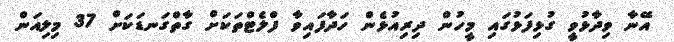
އޭނާ ވިދާޅުވީ ގުޅިފަޅުގައި މީހުން ދިރިއުޅެން ހަދާފައިވާ ފްލެޓްތަކަށް ގާތްގަނޑަކަށް 37 މިލިއަން